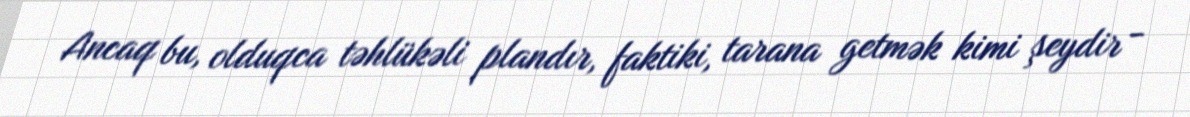
Ancaq bu, olduqca təhlükəli plandır, faktiki, tarana getmək kimi şeydir -